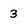
Character: 3